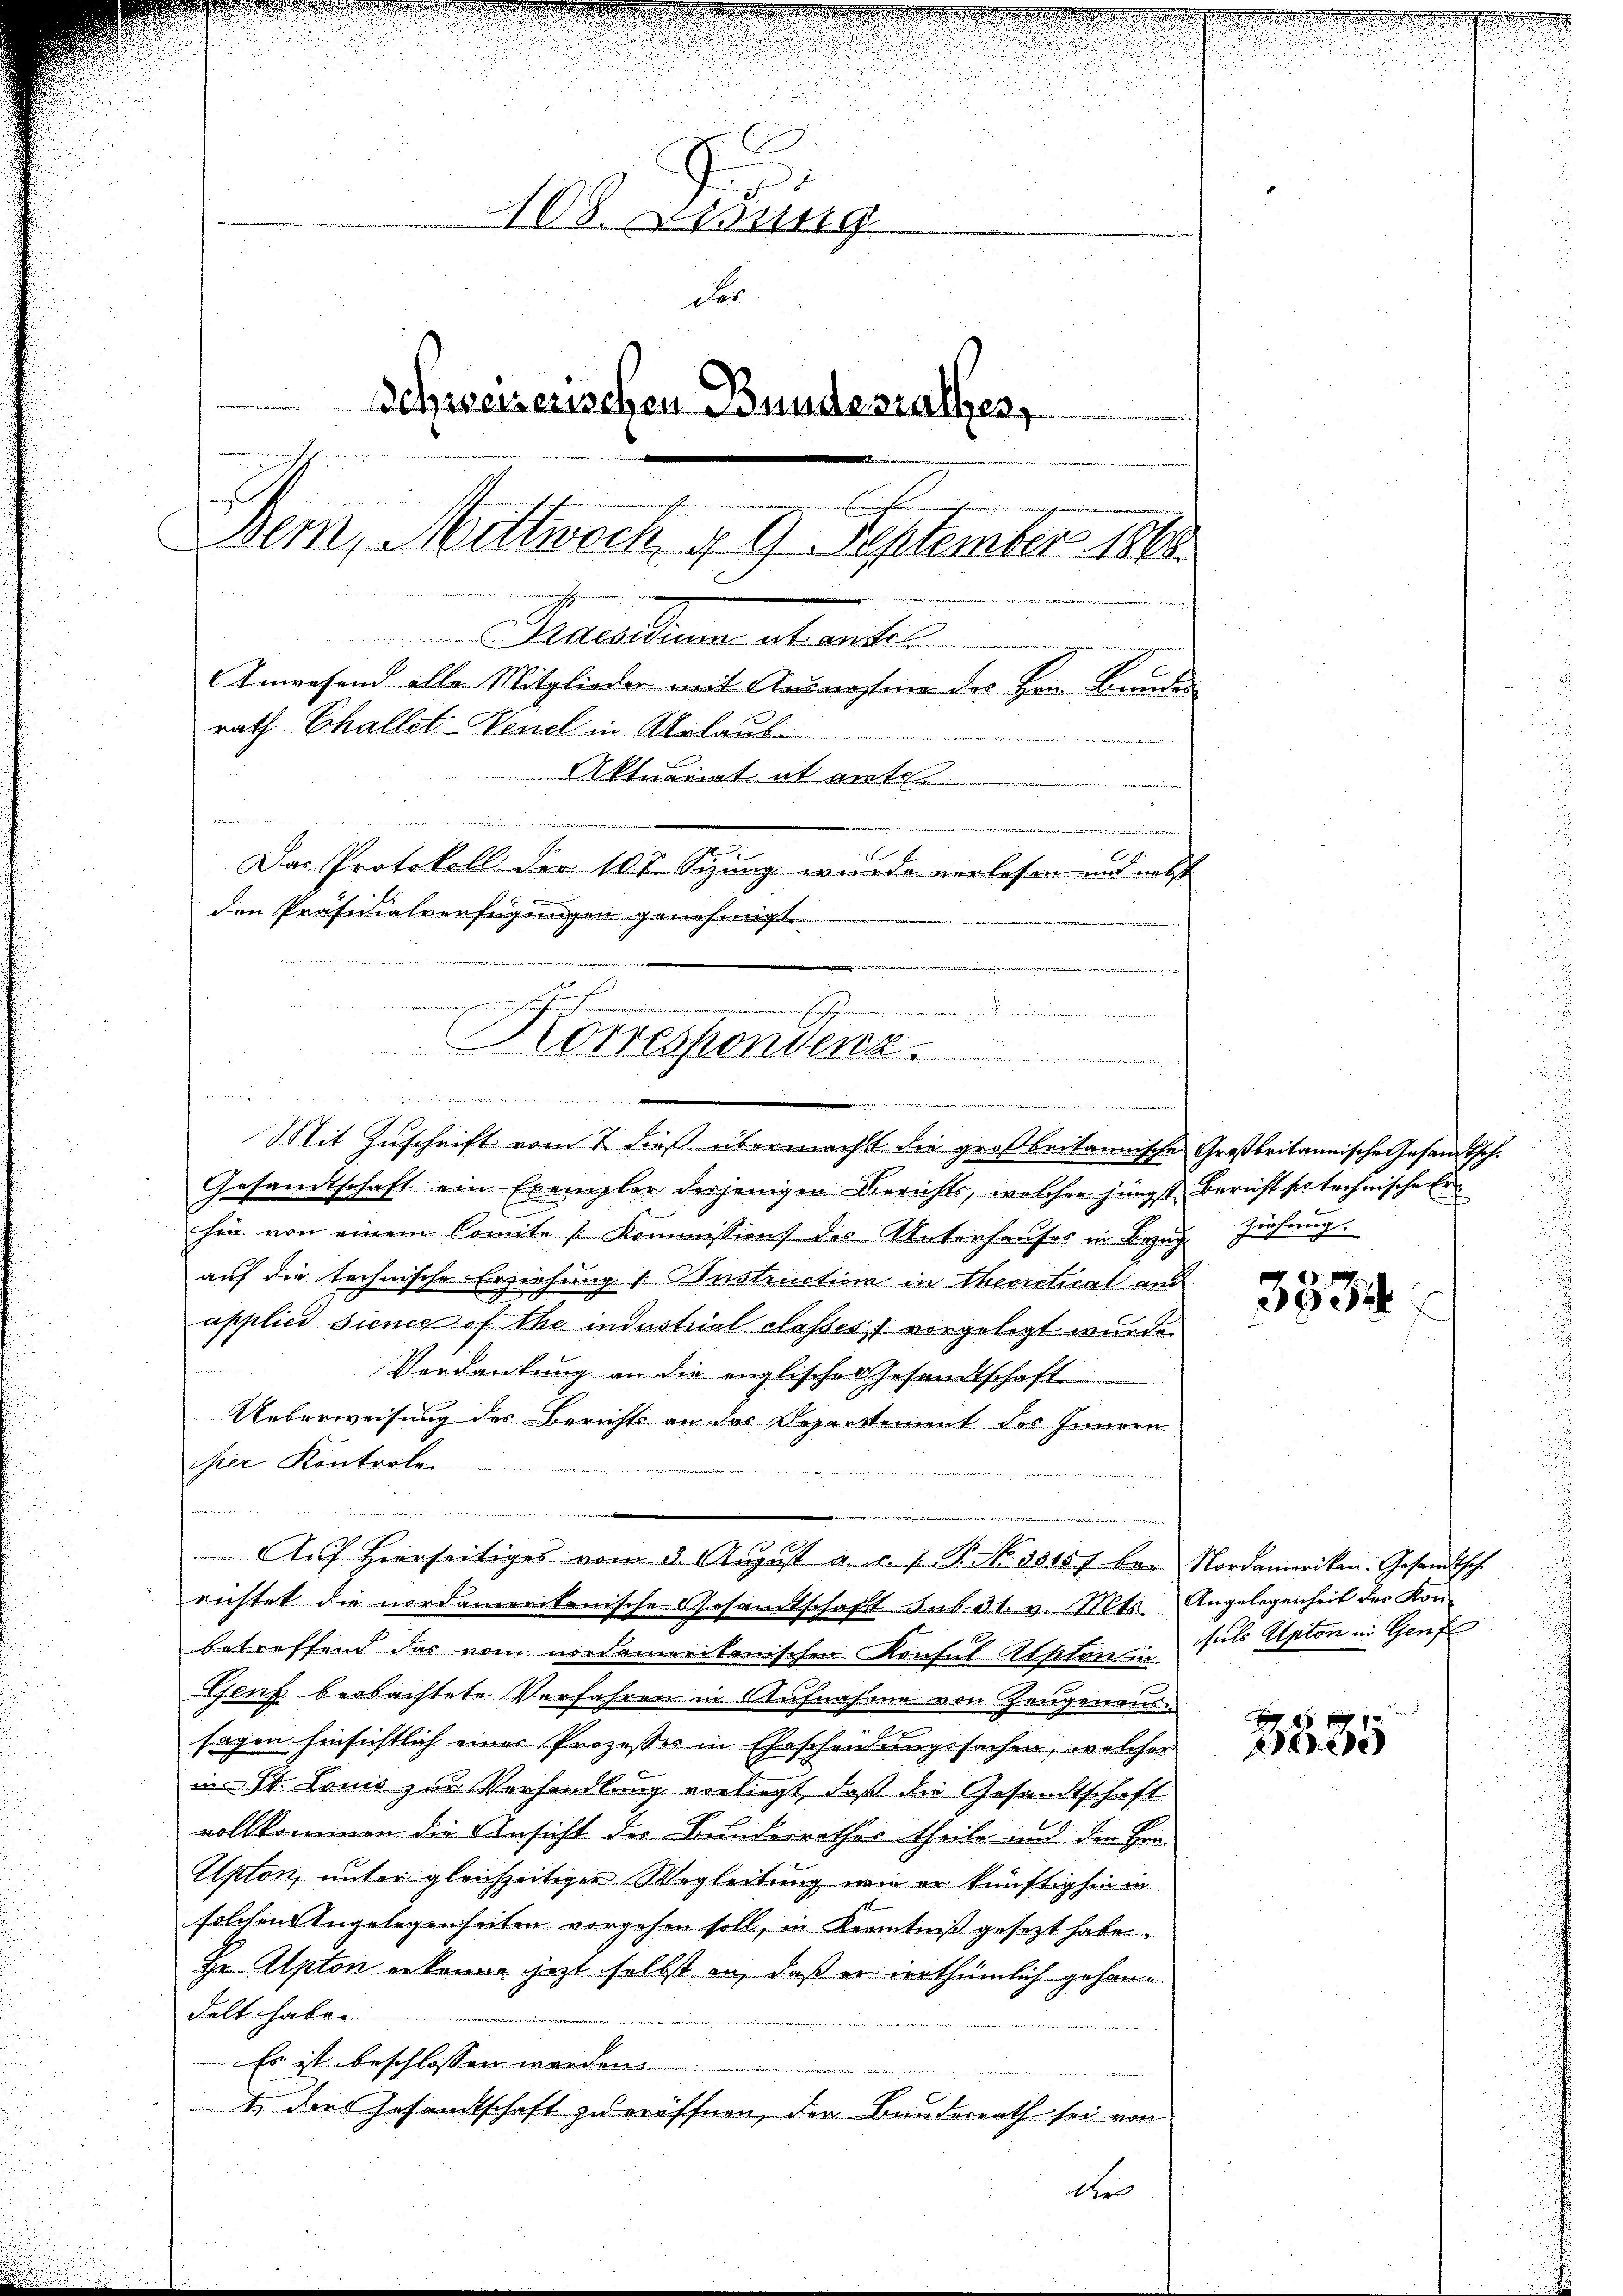
108. Lesung
der
Schweizerischen Bundesrathes,
u

Bem, Mittwoch, u. 9. September 1868.
Grutalena et reche
Anwesend alle Mitglieder mit Ausnahme des Hrn. Bundes
rath Challet-Venet in Urlaubi
Aktuariat it ent
n

Das Protokoll der 107. Sizung wurde verlesen und nebst
den Präsidialverfügungen genehmigt.

n
e
Korrespondenz
u
ichsten es seinen zweiten geren
d

Mit Zuschrift vom 7. dieß übermacht die großbritannische Großbritannische Gesandtsch¬
Gesandtschaft ein Exemplar desjenigen Berichts, welcher jüngst Bericht se technische Erhin von einem Comite Kommission des Unterhauses in Bezug Ziehung.
auf die technische Erziehung 1. Instruction in Theoretical and
applici siene of the industrial classes vorgelegt wurde.
u
Verdankung an die englischer Gesandtschaft
Ueberweisung des Berichts an das Departement des Innern
isier Kontreten.

u
richtet die nordamerikanische Gesamtschaft sub 31. v. Mts. Angelegenheit des Konbetreffend das vom nordamerikanischen Konsul Alpton in
Genf beobachtete Verfahren in Aufnahme von Zeugenaussagen hinsichtlich einer Prozesser in Eheschenkungssachen, welcher
in St. Louis zu Verhandlung verliegt, daß die Gesandtschaft
vollkommen die Ansicht des Bunderrathes theile aus den Han¬
Apton, unter gleichzeitiger Wegleitung wie er künftighin in
solchen Angelegenheiten vorgehen soll, in Kenntniß gesezt habe.
Hr. Alpton erkenne jezt selbst an, daß er irrthümlich gehandelt haben
Es ist beschlossen worden.
1. der Gesamtschaft zu eröffnen, der Bunderrath sei von
der

der nicht gegenselben ist es eingen den Streiten ihren der aus ein einiger

Auf hierseitiges vom 3. August a. c. s. P. No 13157 der Nordamerikan-Gesandtsch

en

3834

suls Apton in Genf

3535